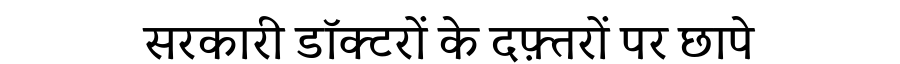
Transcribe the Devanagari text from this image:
सरकारी डॉक्टरों के दफ़्तरों पर छापे